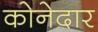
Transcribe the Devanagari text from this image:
कोनेदार